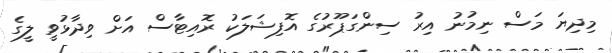
މިދިޔަ މަސް ނިމުނު އިރު ސިންގަޕޫރުގެ އޮފިޝަލަކު ރޮއިޓާސް އަށް ވިދާޅުވީ ލީގެ